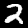
Digit: 2